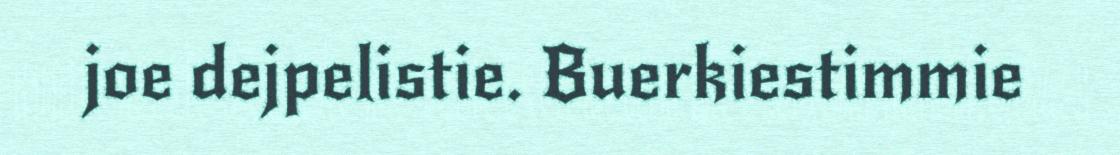
joe dejpelistie. Buerkiestimmie